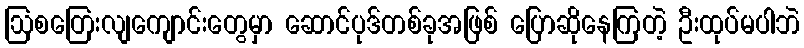
ဩစတြေးလျကျောင်းတွေမှာ ဆောင်ပုဒ်တစ်ခုအဖြစ် ပြောဆိုနေကြတဲ့ ဦးထုပ်မပါဘဲ